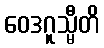
ဝေဒဂူသ္မီတိ